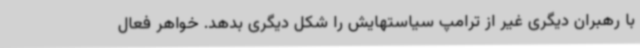
با رهبران دیگری غیر از ترامپ سیاستهایش را شکل دیگری بدهد. خواهر فعال